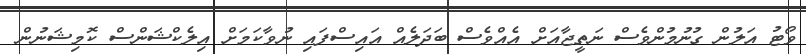
ވޯޓު އަލުން ގުނުމުންވެސް ނަތީޖާއަށް އެއްވެސް ބަަދަލެއް އައިސްފައި ނުވާކަމަށް އިލެކްޝަންސް ކޮމިޝަނުން